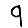
Digit: 9